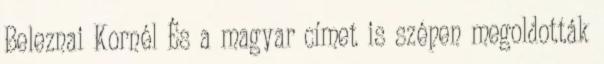
Beleznai Kornél És a magyar címet is szépen megoldották